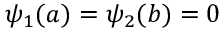
\psi _ { 1 } ( a ) = \psi _ { 2 } ( b ) = 0